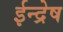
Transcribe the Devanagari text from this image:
ईन्द्रेष